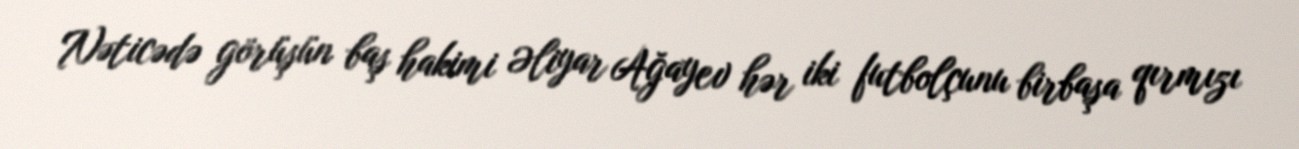
Nəticədə görüşün baş hakimi Əliyar Ağayev hər iki futbolçunu birbaşa qırmızı